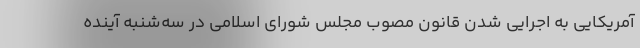
آمریکایی به اجرایی شدن قانون مصوب مجلس شورای اسلامی در سه‌شنبه آینده